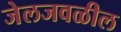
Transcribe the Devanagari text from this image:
जेलजवळील